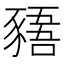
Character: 𲂡